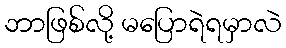
ဘာဖြစ်လို့ မပြောရဲရမှာလဲ